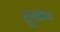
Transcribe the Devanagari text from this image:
दुर्गेचीच